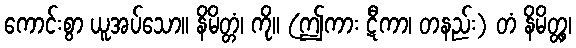
ကောင်းစွာ ယူအပ်သော။ နိမိတ္တံ၊ ကို။ (ဤကား ဋီကာ၊ တနည်း) တံ နိမိတ္တွ၊